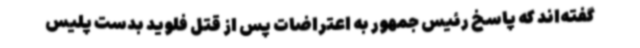
گفته‌اند که پاسخ رئیس جمهور به اعتراضات پس از قتل فلوید بدست پلیس